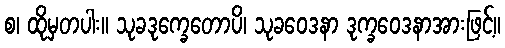
စ၊ ထိုမှတပါး။ သုခဒုက္ခေတောပိ၊ သုခဝေဒနာ ဒုက္ခဝေဒနာအားဖြင့်။